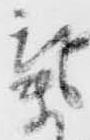
気